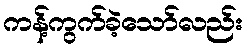
ကန့်ကွက်ခဲ့သော်လည်း